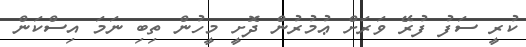
ކުރީ ސަފު ފުރޭ ވަރަށް ޢުމުރުން ދޮށީ މީހުން ތިބި ނަމަ އިސްކަން